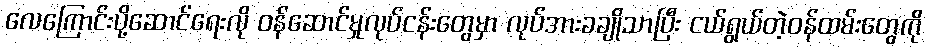
လေကြောင်းပို့ဆောင်ရေးလို ဝန်ဆောင်မှုလုပ်ငန်းတွေမှာ လုပ်အားခချိုသာပြီး ငယ်ရွယ်တဲ့ဝန်ထမ်းတွေကို